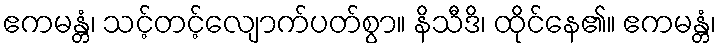
ဧကမန္တံ၊ သင့်တင့်လျောက်ပတ်စွာ။ နိသီဒိ၊ ထိုင်နေ၏။ ဧကမန္တံ၊